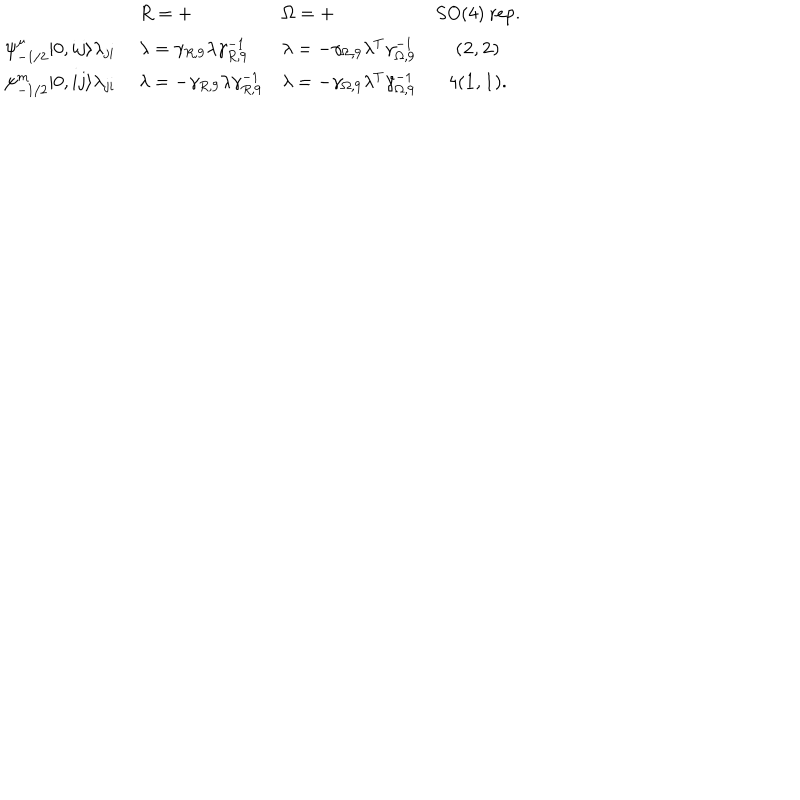
LaTeX: \begin{array} { l l l c } { { } } & { { R = + } } & { { \Omega = + } } & { { S O ( 4 ) \mathrm { ~ r e p . } } } \\ { { \psi _ { - 1 / 2 } ^ { \mu } | 0 , i j \rangle \lambda _ { j i } \ } } & { { \lambda = \gamma _ { R , 9 } \lambda \gamma _ { R , 9 } ^ { - 1 } } } & { { \lambda = - \gamma _ { \Omega , 9 } \lambda ^ { T } \gamma _ { \Omega , 9 } ^ { - 1 } } } & { { ( { \bf 2 } , { \bf 2 } ) } } \\ { { \psi _ { - 1 / 2 } ^ { m } | 0 , i j \rangle \lambda _ { j i } \ } } & { { \lambda = - \gamma _ { R , 9 } \lambda \gamma _ { R , 9 } ^ { - 1 } } } & { { \lambda = - \gamma _ { \Omega , 9 } \lambda ^ { T } \gamma _ { \Omega , 9 } ^ { - 1 } } } & { { 4 ( { \bf 1 } , { \bf 1 } ) . } } \\ \end{array}